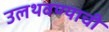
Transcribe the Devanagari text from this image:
उलथवण्याची